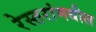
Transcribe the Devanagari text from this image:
रेस्तरांमधील